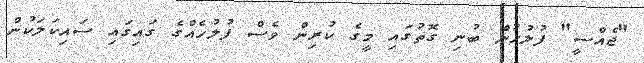
"ޖެއްސީ" ފުލުހުން ބުނި ގޮތުގައި މީގެ ކުރިން ވެސް ފުލުހެއްގެ ގައިގައި ސައިކަލަކުން